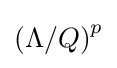
\left(\Lambda /Q\right)^{p}